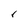
Character: r